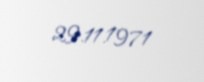
29.11.1971